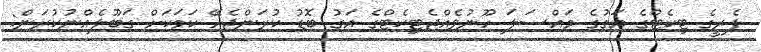
ފެރީގެ ޓިކެޓްގެ އަގުގެ މައްސަލަ ހޫނުވެއްޖެޓިކެޓްގެ އަގު ބޮޑު ކުރަންޖެހޭ ކަމަކަށް ގަބޫލެއްނުކުރަން: